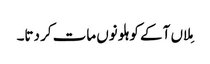
مِلاں آ کے کوہلو نوں مات کر دتا۔